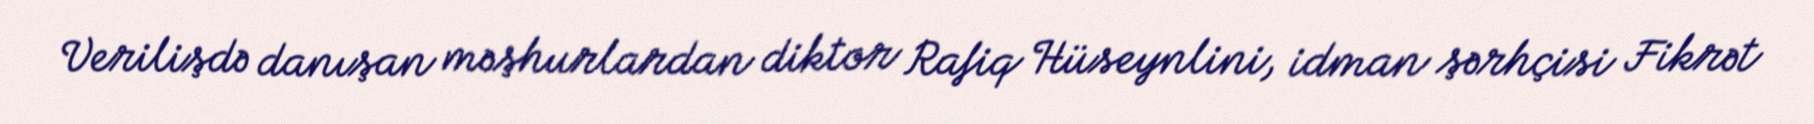
Verilişdə danışan məşhurlardan diktor Rafiq Hüseynlini, idman şərhçisi Fikrət